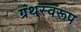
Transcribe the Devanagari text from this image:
ग्रंथस्वरूप